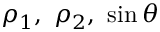
\rho _ { 1 } , \ \rho _ { 2 } , \ \sin \theta